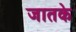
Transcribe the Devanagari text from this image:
जातके